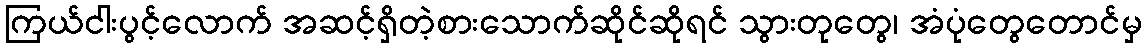
ကြယ်ငါးပွင့်လောက် အဆင့်ရှိတဲ့စားသောက်ဆိုင်ဆိုရင် သွားတုတွေ၊ အံပုံတွေတောင်မှ